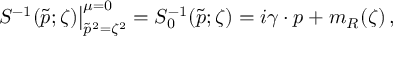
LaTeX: \left. S ^ { - 1 } ( \tilde { p } ; \zeta ) \right| _ { \tilde { p } ^ { 2 } = \zeta ^ { 2 } } ^ { \mu = 0 } = S _ { 0 } ^ { - 1 } ( \tilde { p } ; \zeta ) = i \gamma \cdot p + m _ { R } ( \zeta ) \, ,